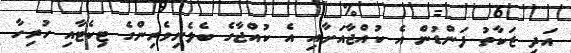
އަދި ޒަކާތު ފަންޑުން އެ ކުއްޖާއަށާއި އެ ކުއްޖާގެ ބެލެނިވެރިންގެ ޓިކެޓާއި ހުރިހާ